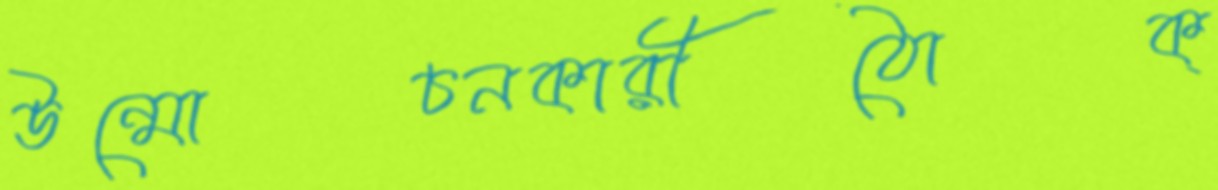
উন্মোচনকারীঠোক্